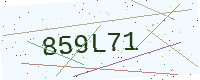
Text: 859L71